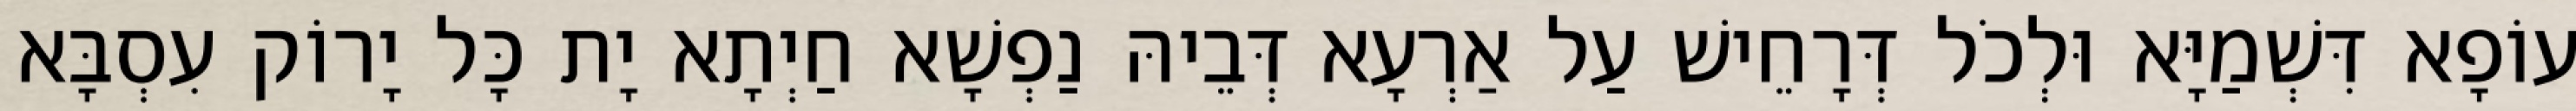
עוֹפָא דִּשְׁמַיָּא וּלְכֹל דְּרָחֵישׁ עַל אַרְעָא דְּבֵיהּ נַפְשָׁא חַיְתָא יָת כָּל יָרוֹק עִסְבָּא